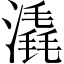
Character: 𣾽